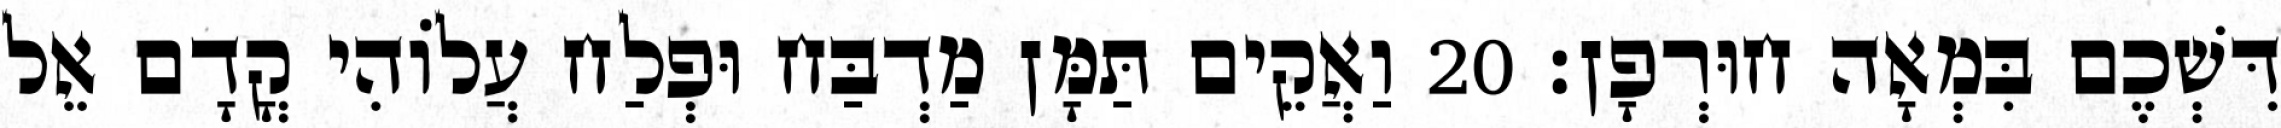
דִּשְׁכֶם בִּמְאָה חוּרְפָן׃ 20 וַאֲקֵים תַּמָּן מַדְבַּח וּפְלַח עֲלוֹהִי קֳדָם אֵל